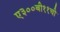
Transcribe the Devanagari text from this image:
ए३००बी११ची